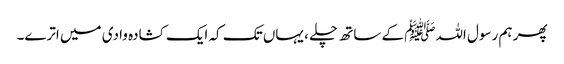
پھر ہم رسول اللہﷺ کے ساتھ چلے ، یہاں تک کہ ایک کشادہ وادی میں اترے۔